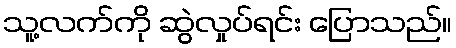
သူ့လက်ကို ဆွဲလှုပ်ရင်း ပြောသည်။